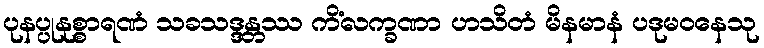
ပုနပ္ပုနုစ္စာရဏံ သခသဒ္ဒန္တဿ ကိံလက္ခဏာ ဟသိတံ မိနမာနံ ပဒုမဝနေသု